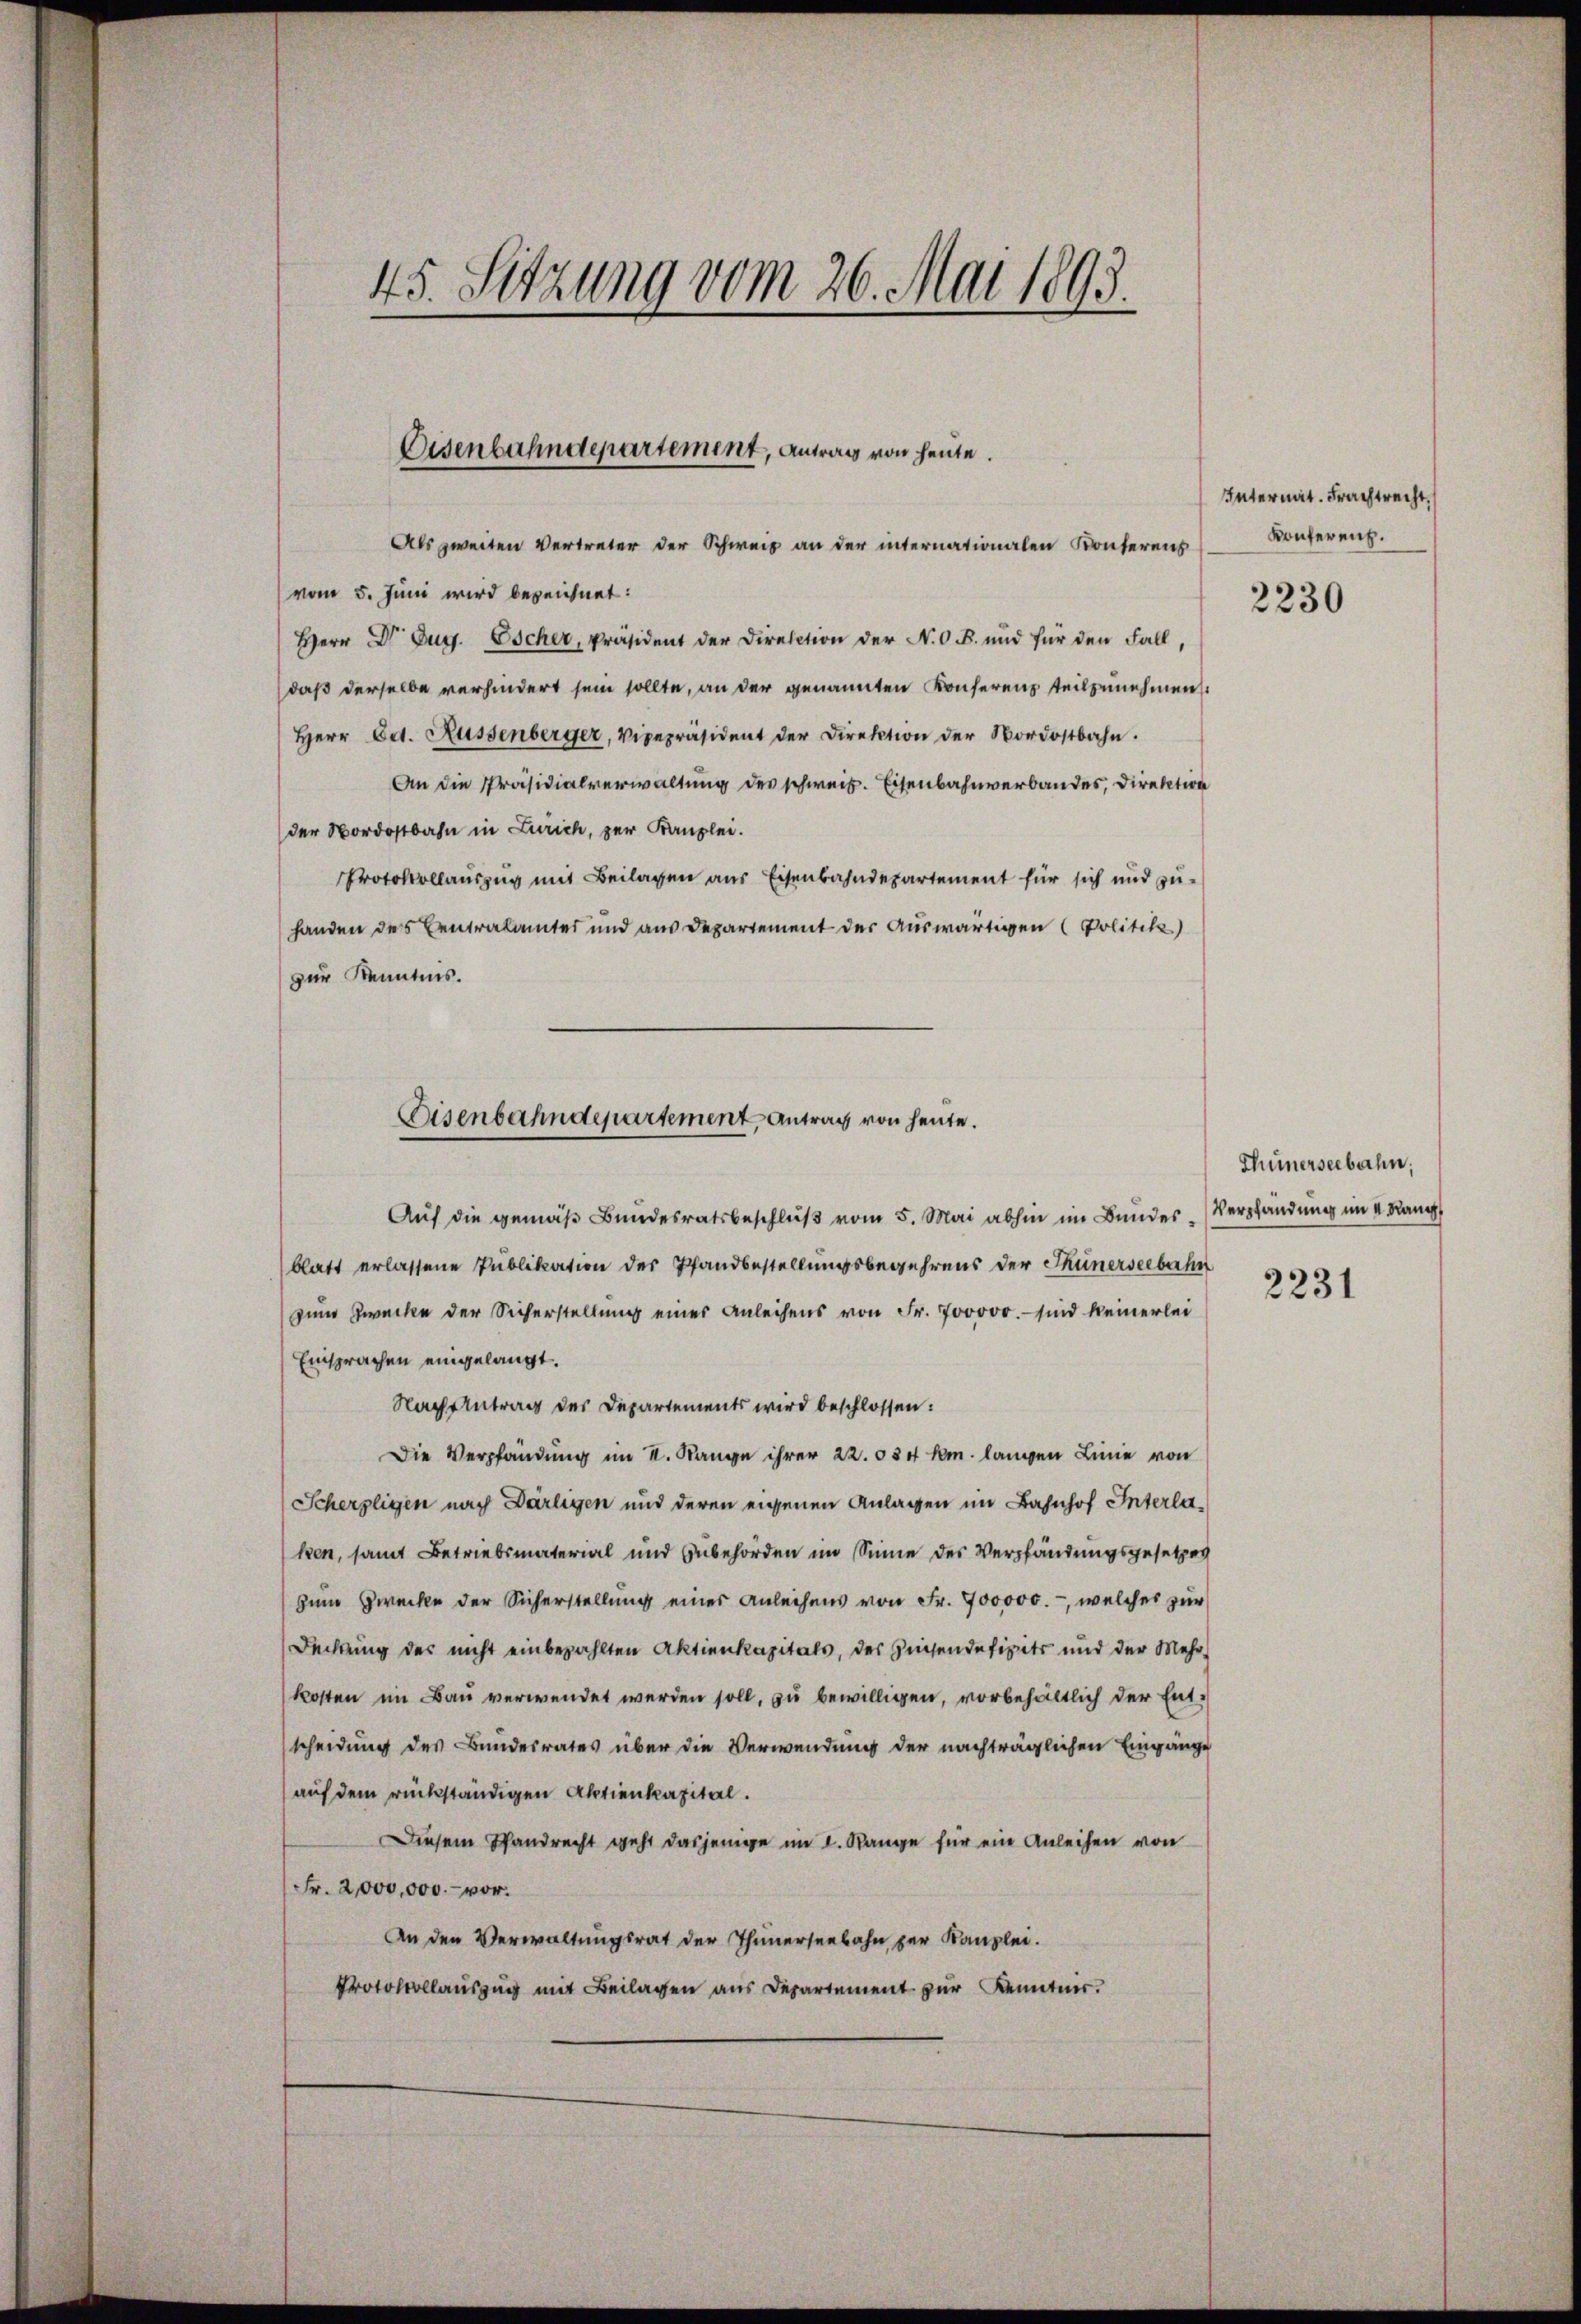
45. Sitzung vom 26. Mai 1893.

Eisenbahndepartement, Antrag von heute.

Als zweiten Vertreter der Schweiz an der internationalen Konterens
vom 5. Juni wird bezeichnet:
Herr Dr. Aug. Escher, Präsident der Direction der N.O.B. und für den Fall,
daß derselbe verhindert sein sollte, an der genannten Konferenz teilzunehmen.
Herr Ed. Küssenberger, Vicepräsident der Direktion der Nordostbahn.
An die Präsidialverwaltung des schweiz. Eisenbahnverbandes, Direktion
der Nordostbahn in Zürich, zur Kanzlei.
Protokollauszug mit Beilagen aus Eisenbahndepartement für sich und zuhanden des Centralamtes und aus Departement der Auswärtigen Politik)
zur Kenntnis.

Auf die gemäß Bundesratsbeschluß vom 5. Mai abhin im Bundesblatt erlassene Publikation der Pfandbestellungsbegehrens der Thunerseebahn
zum Zwecke der Sicherstellung eines Anleihens von Fr. 700000. – sind keinerlei
Einsprachen eingelangt.
Nachantrag des Departements wird beschlossen:
Die Verpfändung im I. Range ihrer 22. 584 km. langen Linie von
Scherzligen nach Darligen und deren eigenen Anlagen im Bahnhof Interlahen, samt Betriebsmaterial und Zubehörden im Sinne des Verpfändungsgesetzes
Zum Zwecke der Sicherstellung einer Anleihens von Fr. 900000.-, welches zur
Rechtung des nicht einbezahlten Aktienkapitals, des Zinsendefizits und der Mehr
kosten im Bau verwendet werden soll, zu bewilligen, vorbehältlich der Entscheidung des Bundesrates über die Verwendung der nachträglichen Eingänge
auf dem rückständigen Aktienkapital.
Diesem Standrecht geht dasjenige im I. Range für ein Anleihen von
Fr. 2,000,000.- vor.
An den Verwaltungsrat der Thunerseebahn zur Kanzlei.
Protokollauszug mit Beilagen aus Departement zur Kenntner.

Eisenbahndepartement, Antrag von heute.

Internat. Frachtrecht, s
Konferenz.

2230

Thünerseebahn,
Verpfändung im 4. Rang

2231